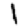
Digit: 1